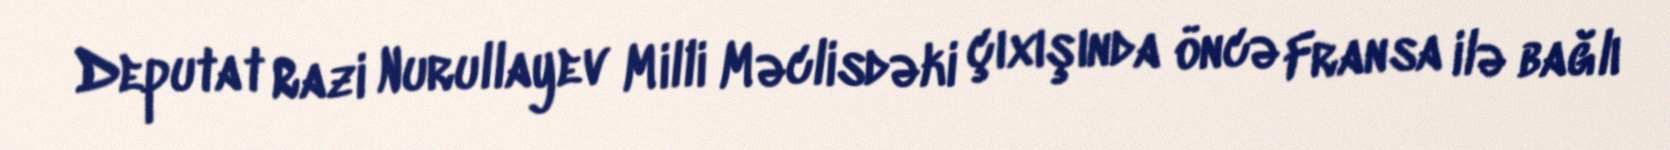
Deputat Razi Nurullayev Milli Məclisdəki çıxışında öncə Fransa ilə bağlı